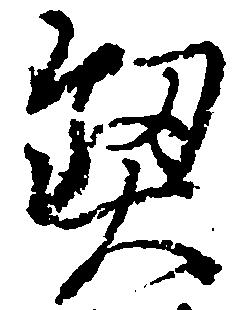
契